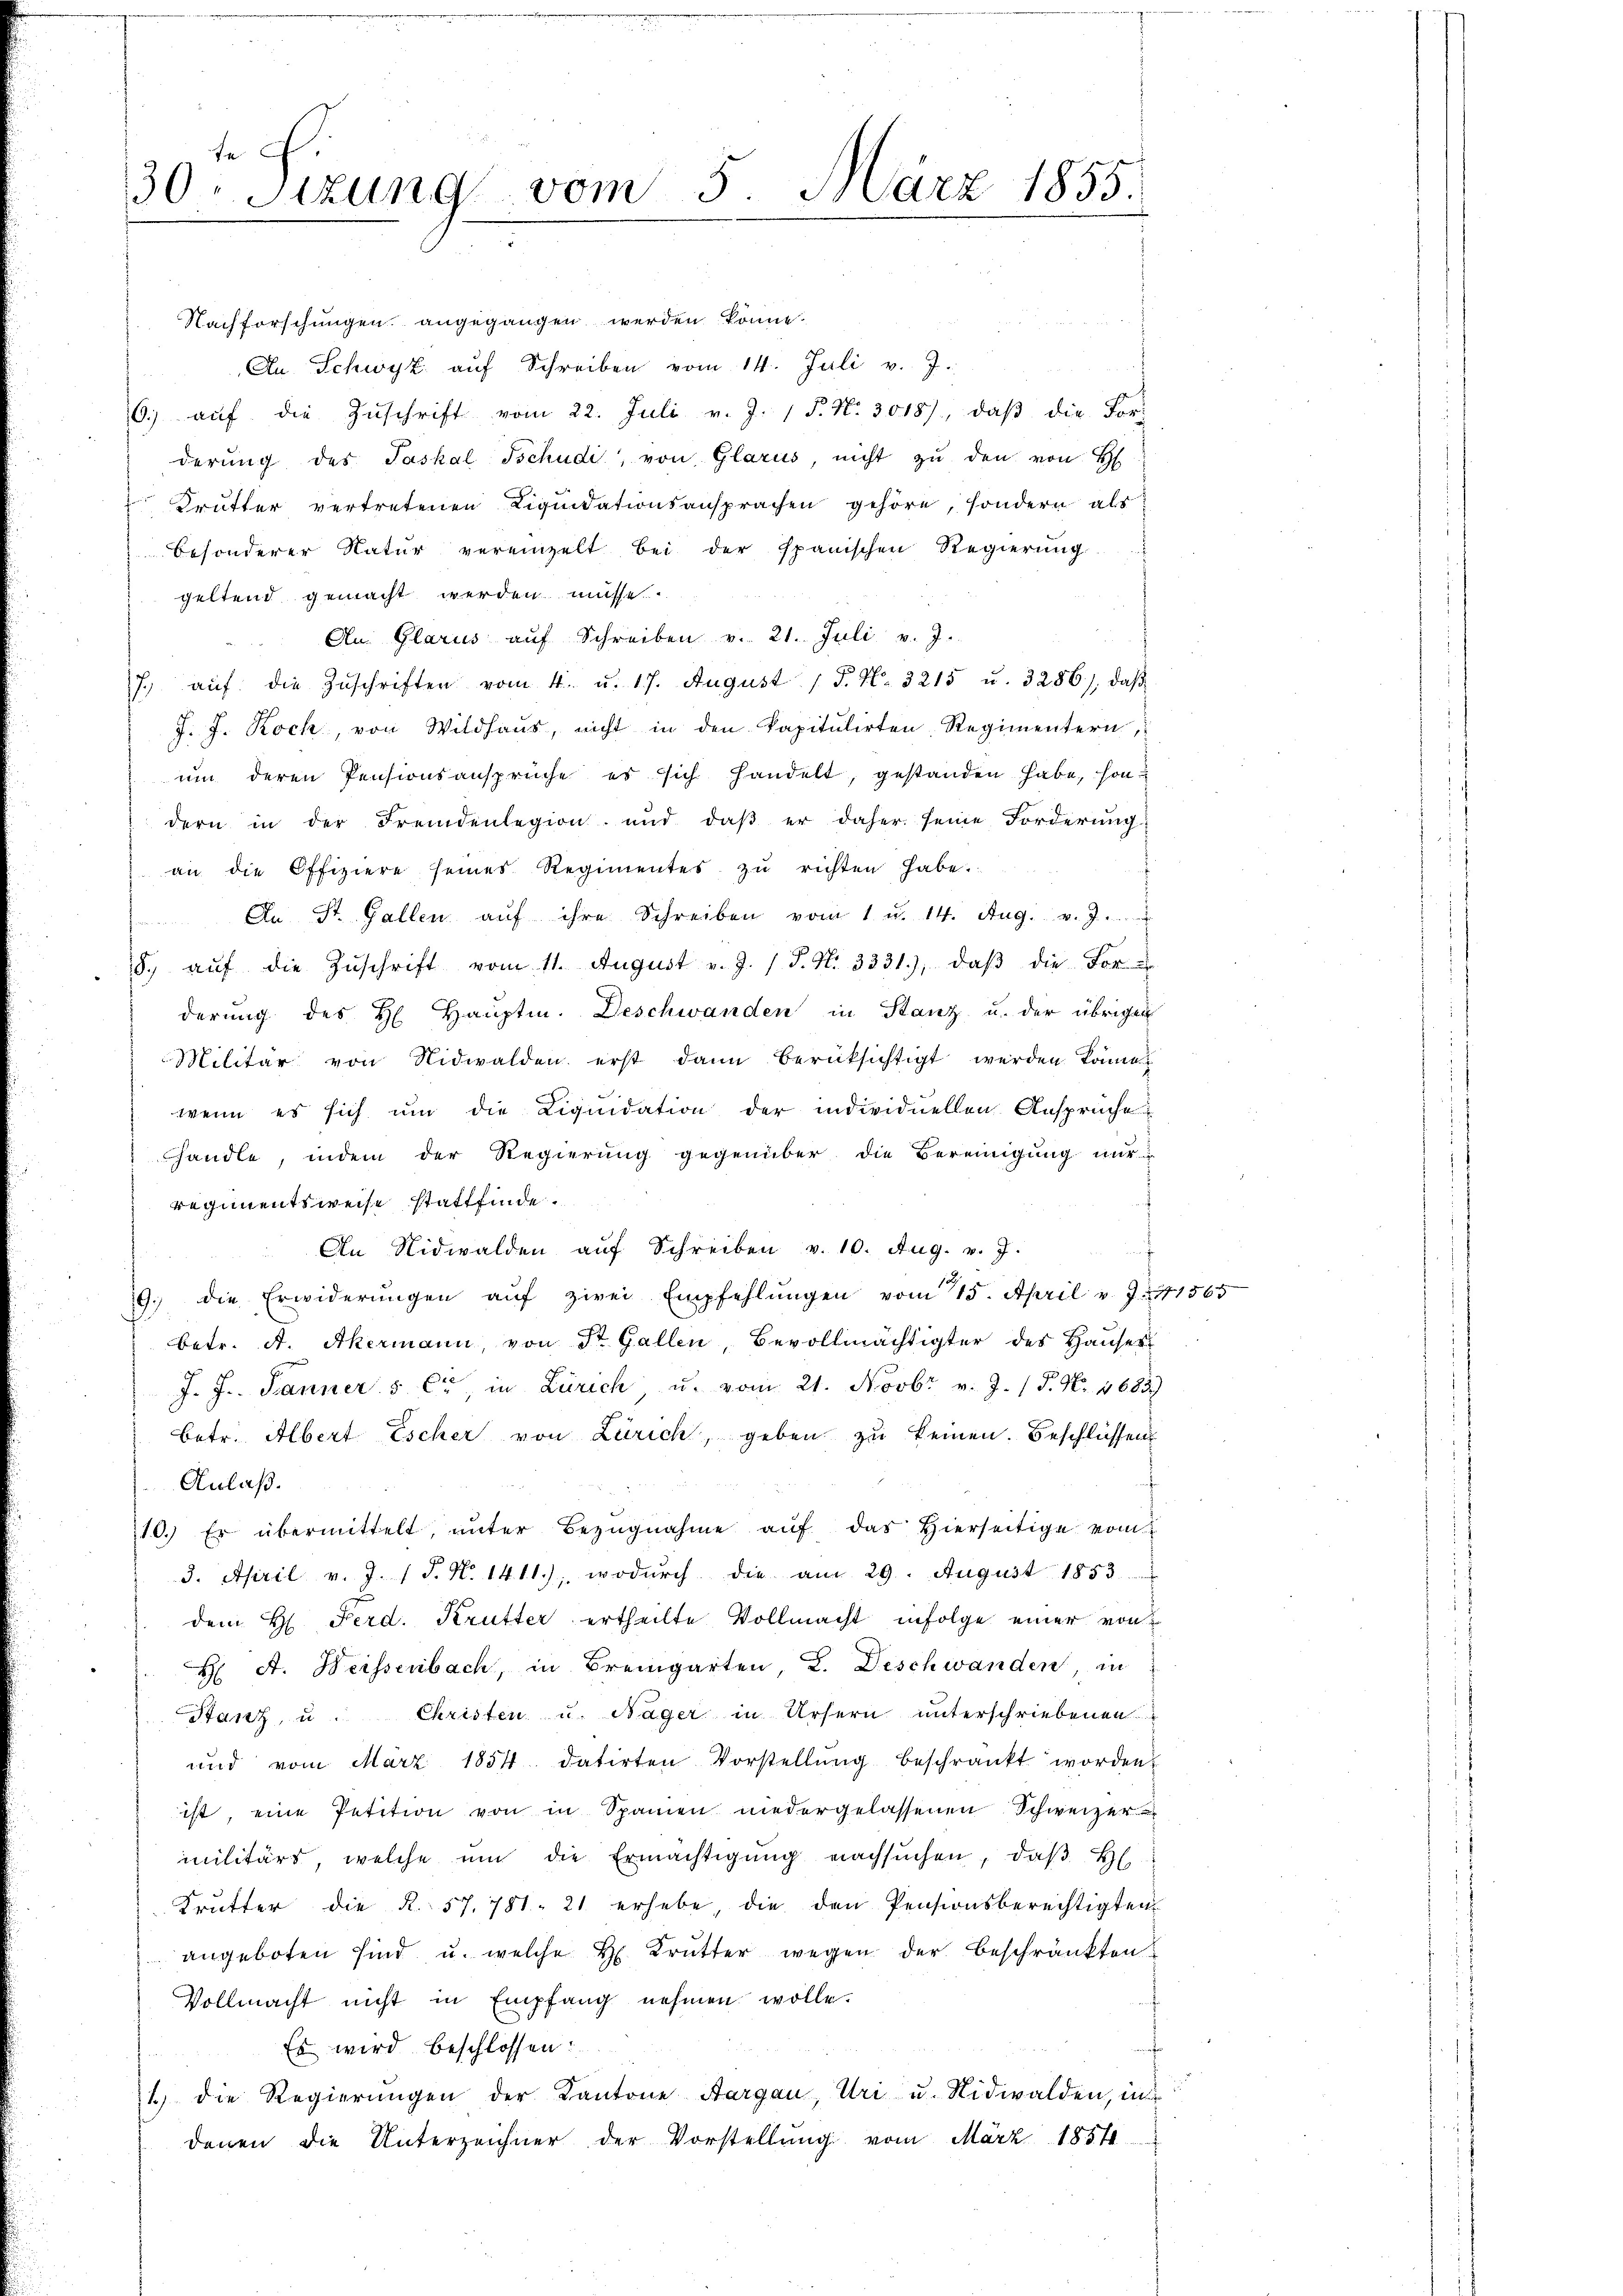
te F.
30. Sitzung

Nachforschungen angegangen werden könne.
An Schwyz auf Schreiben vom 14. Juli v. J.
6. aŭf die Zŭschrift vom 22. Juli v. J. 1 P. Nr. 3018), daβ die For-
derŭng des Taskal Tschudi, von Glarus, nicht zŭ den von H
 Brütter vertretenen Liqŭidationsansprachen gehöre, sondern als
besonderer Natur vereinzelt bei der spanischen Regierung
geltend gemacht werden müsse.
An. Glarus aŭf Schreiben v. 21. Juli v. J.
7. aŭf die Zŭschriften vom 4. u. 17. August 1 S. Nr. 3215 u. 3286), daβ
J. J. Rock, von Wildhaŭs, nicht in den kapitulirten, Regimentern,
ŭm deren Pensionsansprüche es sich handelt, gestanden habe, son
dern in der Fremdenlegion und daβ er daher seine Forderŭng
an die Offiziere seines Regimentes zŭ richten habe.
 An St. Gallen aŭf ihre Schreiben vom 1. u. 14. Aug. v. J.
8. aŭf die Zŭschrift vom 11. August v. J. 1 S. N. 3331), daβ die For
derung des H. Hauptm. Deschwanden in Stanz u. der übrigen
Militär von Nidwalden erst dann berücksichtigt werden könne
wenn es sich um die Liquidation der individuellen Ansprüche
handle, indem der Regierung gegenüber die Bereinigung nur
regimentsweise stattfinde.
An Nidwalden auf Schreiben v. 10. Aug. v. J.
f
9. die Erwiderungen auf zwei Empfehlŭngen vom 15. April v. J. 171565
betr. A. Akermann, von St. Gallen, Bevollmächtigter des Hauses
J. J. Jänner 5 Ct, in Zürich, u. vom 21. Novbr. v. J. P. N. 1683)
betr. Albert Escher von Zürich, geben zu keinen. Beschlüssen
Anlaß.
10.) Er übermittelt, ŭnter Bezŭgnahme aŭf das hierseitige vom
3. April v. J. 1 S. Nr. 1411), wodurch die am 29. August 1853
dem H. Ferd. Krutter ertheilte Vollmacht infolge einer von
H A. Weissenbach, in Bremgarten, L. Deschwanden in
Banz, u. Christen u. Nager in Ursern unterschriebenen
und vom März 1854. datirten Vorstellŭng beschränkt worden.
ist, eine Petition von in Spanien niedergelassenen Schweizer
militärs welche ŭm die Ermächtigŭng nachsŭchen, daβ Hl.
Krutter die R. 57. 781. 21 erhebe die den Pensionsberechtigten
angeboten sind u. welche H. Krutter wegen der beschränkten
Vollmacht nicht in Empfang nehmen wolle.
Es wird beschlossen:
1) die Regierungen der Kantone Aargau, Uri u. Nidwalden, in
denen die Unterzeichner der Vorstellŭng vom März 1854

vom 5. März 1855.